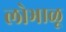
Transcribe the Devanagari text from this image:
लोभाळू